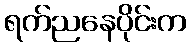
ရက်ညနေပိုင်းက